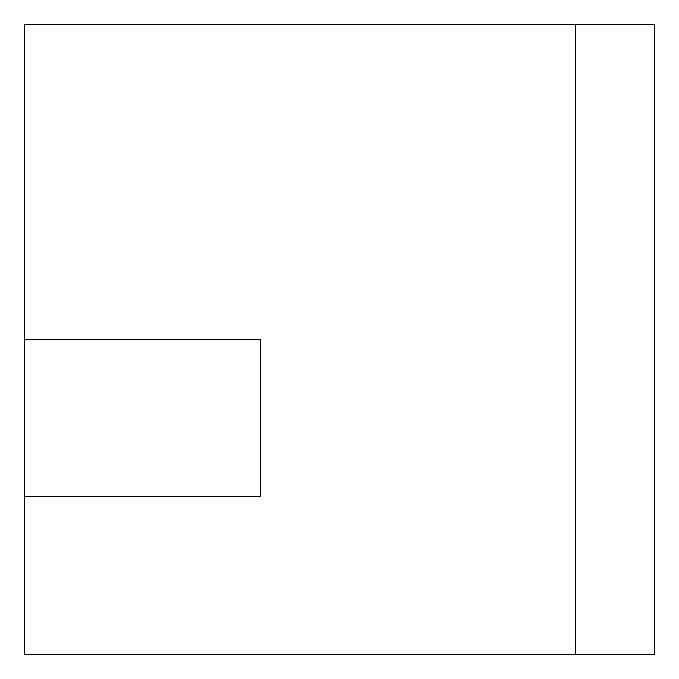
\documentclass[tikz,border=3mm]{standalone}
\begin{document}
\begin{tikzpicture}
\draw (4,13) rectangle (1,15);
\draw (9,11) rectangle (1,19);
\draw (8,19) rectangle (9,11);
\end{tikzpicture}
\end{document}